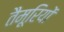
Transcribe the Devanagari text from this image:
तैमूरियों